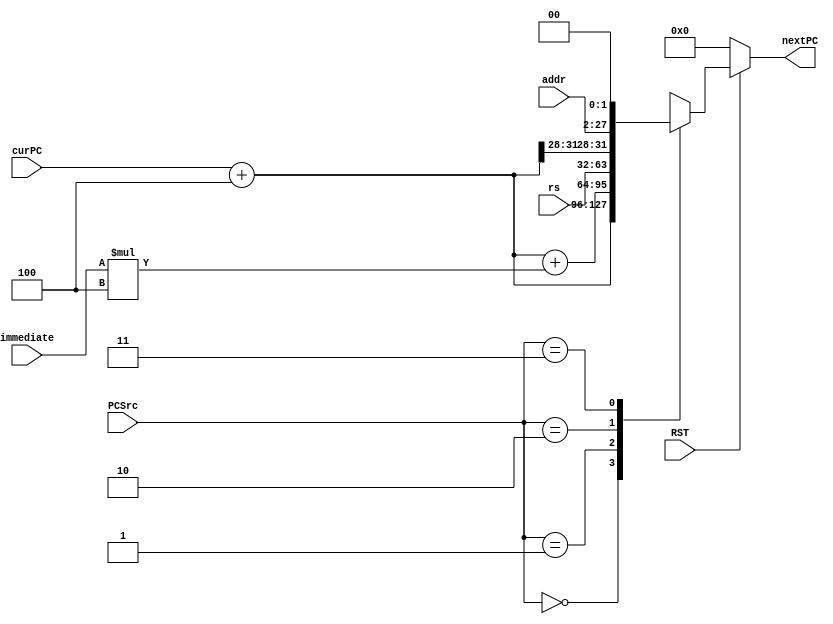
`timescale 1ns / 1ps
//////////////////////////////////////////////////////////////////////////////////
// Company: 
// Engineer: 
// 
// Design Name: 
// Module Name: pcAdd
// Project Name: 
// Target Devices: 
// Tool Versions: 
// Description: 
// 
// Dependencies: 
// 
// Revision:
// Revision 0.01 - File Created
// Additional Comments:
// 
//////////////////////////////////////////////////////////////////////////////////


module pcAdd(
        input RST,
        input [1:0] PCSrc,             //
        input [31:0] immediate,  //
        input [25:0] addr,
        input [31:0] curPC,
        input [31:0] rs,
        output reg[31:0] nextPC  //
    );
    
    initial begin
        nextPC = 0;
    end
    
    reg [31:0] pc;
    
    always@(*)
    begin
        if(!RST) begin
            nextPC = 0;
        end
        else begin
            pc = curPC + 4;
            case(PCSrc)
                2'b00: nextPC = curPC + 4;
                2'b01: nextPC = curPC + 4 + immediate * 4;
                2'b10: nextPC = rs;
                2'b11: nextPC = {pc[31:28],addr,2'b00};
            endcase
        end
    end
endmodule